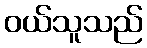
ဝယ်သူသည်